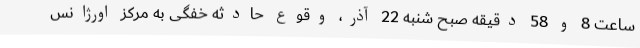
ساعت 8 و 58 دقیقه صبح شنبه 22 آذر، وقوع حادثه خفگی به مرکز اورژانس